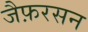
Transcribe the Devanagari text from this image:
जैफ़रसन